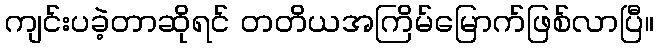
ကျင်းပခဲ့တာဆိုရင် တတိယအကြိမ်မြောက်ဖြစ်လာပြီ။